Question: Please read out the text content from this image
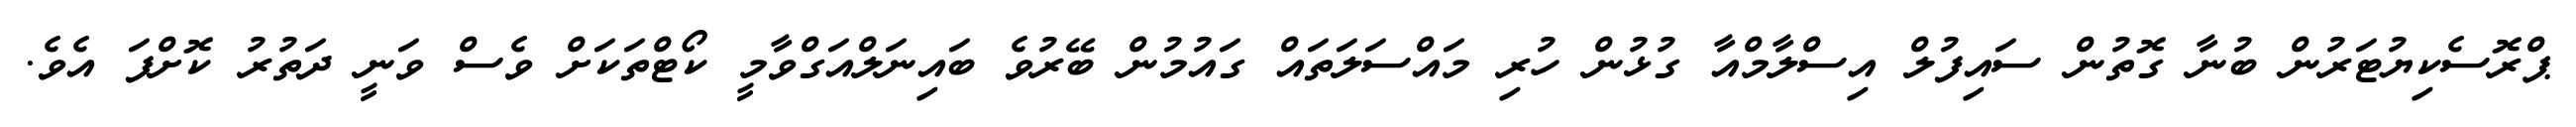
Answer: ޕްރޮސެކިޔުޓަރުން ބުނާ ގޮތުން ސައިފުލް އިސްލާމްއާ ގުޅުން ހުރި މައްސަލަތައް ގައުމުން ބޭރުވެ ބައިނަލްއަގްވާމީ ކޯޓްތަކަށް ވެސް ވަނީ ދަތުރު ކޮށްފަ އެވެ.